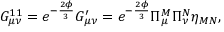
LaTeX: G _ { \mu \nu } ^ { 1 1 } = e ^ { - \frac { 2 \phi } { 3 } } G _ { \mu \nu } ^ { \prime } = e ^ { - \frac { 2 \phi } { 3 } } \Pi _ { \mu } ^ { M } \Pi _ { \nu } ^ { N } \eta _ { M N } ,